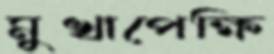
মুখাপেক্ষি